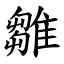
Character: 雛